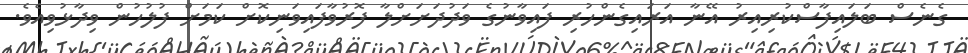
ގެނެސް ބަލައިފާސްކުރިއިރު އޭނާ އަރައިގެންހުރި ފައިވާނުގެ ވަދުދަށަށްލާ ފޮރުވާފައިވަނިކޮށް ކަމަށް ފުލުހުން ވިދާޅުވިއެވެ.